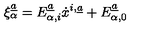
\xi _ { \alpha } \sp { \underline { { a } } } = E _ { \alpha , i } \sp { \underline { { a } } } \dot { x } \sp { i , \underline { { a } } } + E _ { \alpha , 0 } \sp { \underline { { a } } }